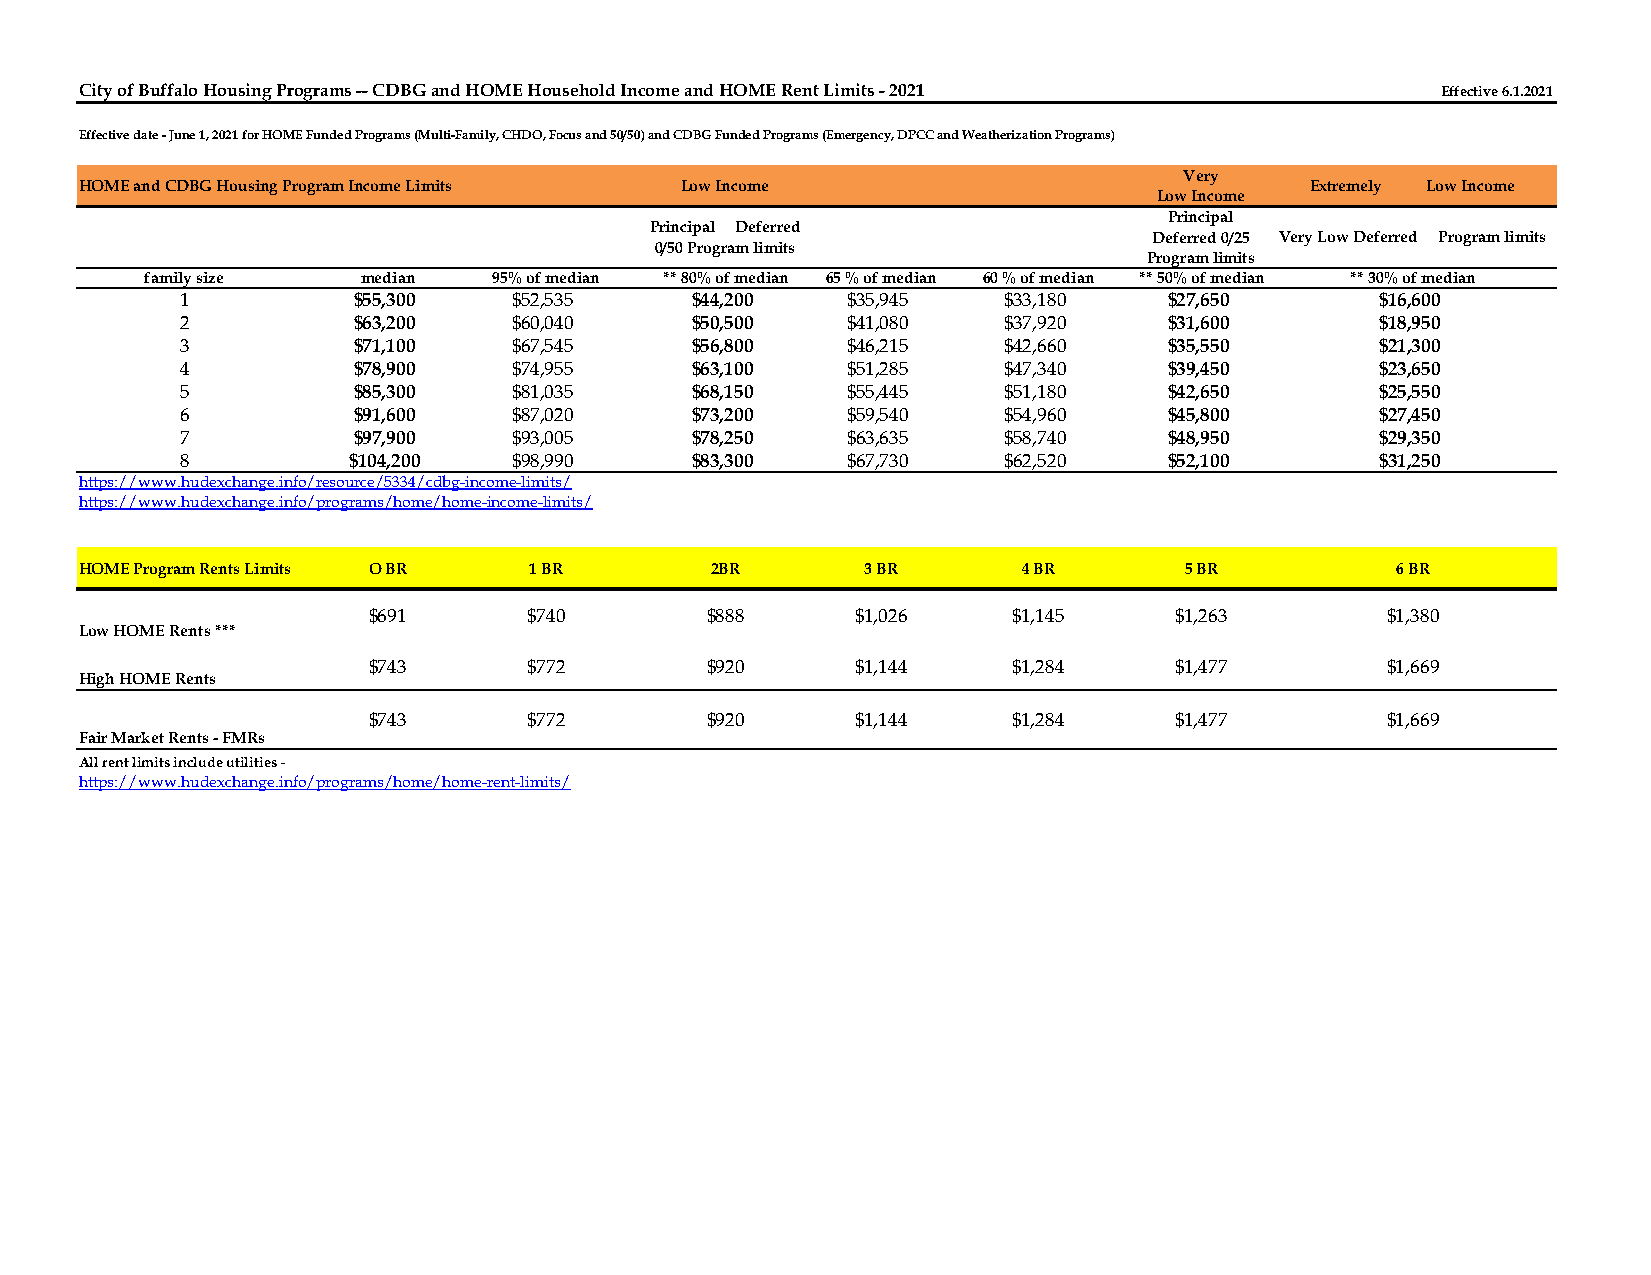
City of Buffalo Housing Programs -- CDBG and HOME Household Income and HOME Rent Limits - 2021 Effective 6.1.2021
 Effective date - June 1, 2021 for HOME Funded Programs (Multi-Family, CHDO, Focus and 50/50) and CDBG Funded Programs (Emergency, DPCC and Weatherization Programs)
 Very
 HOME and CDBG Housing Program Income Limits Low Income                            Extremely Low Income
 Low Income
 Principal
 Principal Deferred
 Deferred 0/25 Very Low Deferred Program limits
 0/50 Program limits
 Program limits
 family size   median   95% of median ** 80% of median 65 % of median 60 % of median ** 50% of median ** 30% of median
 1          $55,300    $52,535     $44,200   $35,945   $33,180    $27,650       $16,600
 2          $63,200    $60,040     $50,500   $41,080   $37,920    $31,600       $18,950
 3          $71,100    $67,545     $56,800   $46,215   $42,660    $35,550       $21,300
 4          $78,900    $74,955     $63,100   $51,285   $47,340    $39,450       $23,650
 5          $85,300    $81,035     $68,150   $55,445   $51,180    $42,650       $25,550
 6          $91,600    $87,020     $73,200   $59,540   $54,960    $45,800       $27,450
 7          $97,900    $93,005     $78,250   $63,635   $58,740    $48,950       $29,350
 8          $104,200   $98,990     $83,300   $67,730   $62,520    $52,100       $31,250
 https://www.hudexchange.info/resource/5334/cdbg-income-limits/
 https://www.hudexchange.info/programs/home/home-income-limits/
 HOME Program Rents Limits O BR 1 BR       2BR       3 BR       4 BR      5 BR          6 BR
 $691       $740        $888      $1,026    $1,145     $1,263        $1,380
 Low HOME Rents ***
 $743       $772        $920      $1,144    $1,284     $1,477        $1,669
 High HOME Rents
 $743       $772        $920      $1,144    $1,284     $1,477        $1,669
 Fair Market Rents - FMRs
 All rent limits include utilities -
 https://www.hudexchange.info/programs/home/home-rent-limits/